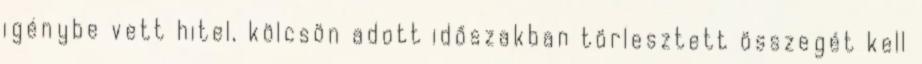
igénybe vett hitel, kölcsön adott időszakban törlesztett összegét kell